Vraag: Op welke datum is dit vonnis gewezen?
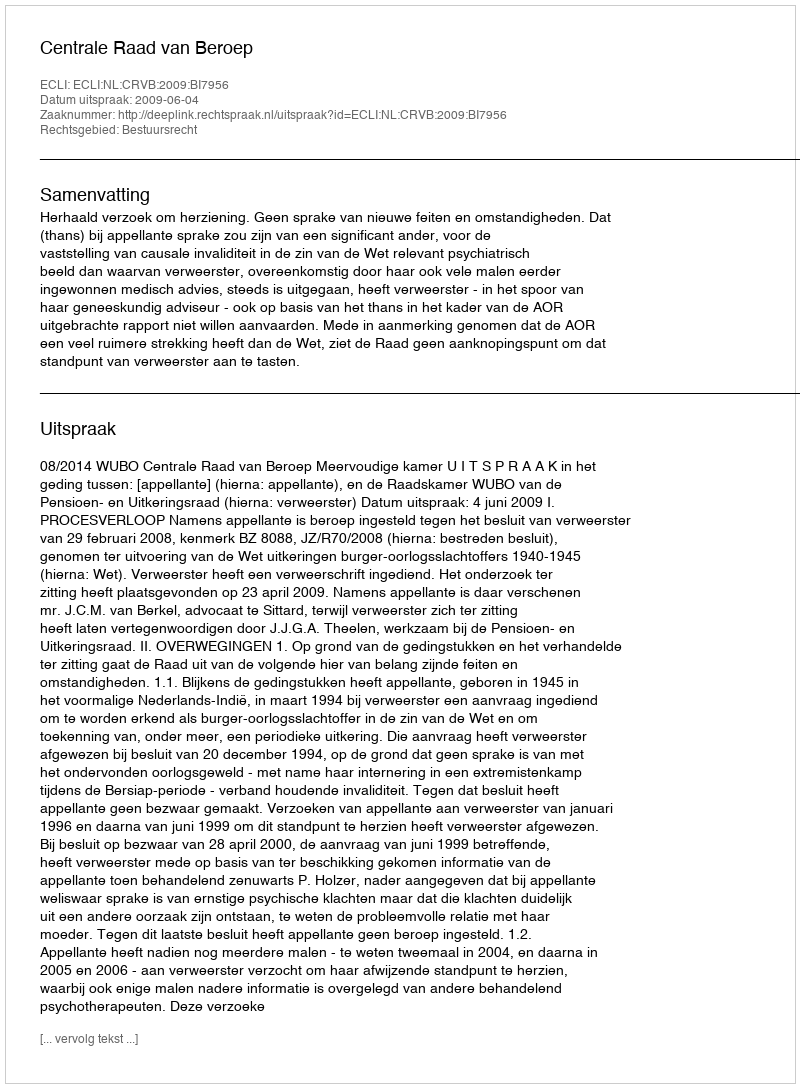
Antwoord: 2009-06-04